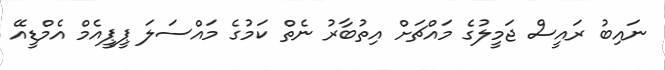
ނައިބު ރައީސް ޖަމީލުގެ މައްޗަށް އިތުބާރު ނެތް ކަމުގެ މައްސަލަ ޕީޕީއެމް އެމްޑީއޭ